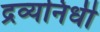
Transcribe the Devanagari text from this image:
द्रव्यनिधी